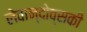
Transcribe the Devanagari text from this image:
लेवान्दोव्सकी